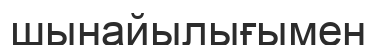
шынайылығымен